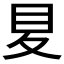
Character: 𡕥